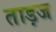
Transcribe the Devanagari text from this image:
ताड़ज